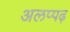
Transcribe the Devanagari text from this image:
अलप्पढ़